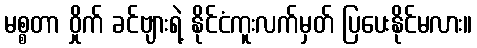
မစ္စတာ ဝှိုက် ခင်ဗျားရဲ့ နိုင်ငံကူးလက်မှတ် ပြပေးနိုင်မလား။